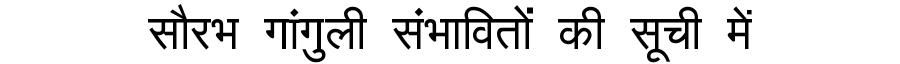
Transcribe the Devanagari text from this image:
सौरभ गांगुली संभावितों की सूची में